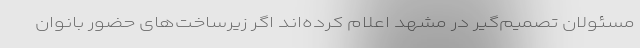
مسئولان تصمیم‌گیر در مشهد اعلام کرده‌اند اگر زیرساخت‌های حضور بانوان